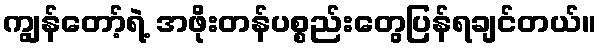
ကျွန်တော့်ရဲ့ အဖိုးတန်ပစ္စည်းတွေပြန်ရချင်တယ်။